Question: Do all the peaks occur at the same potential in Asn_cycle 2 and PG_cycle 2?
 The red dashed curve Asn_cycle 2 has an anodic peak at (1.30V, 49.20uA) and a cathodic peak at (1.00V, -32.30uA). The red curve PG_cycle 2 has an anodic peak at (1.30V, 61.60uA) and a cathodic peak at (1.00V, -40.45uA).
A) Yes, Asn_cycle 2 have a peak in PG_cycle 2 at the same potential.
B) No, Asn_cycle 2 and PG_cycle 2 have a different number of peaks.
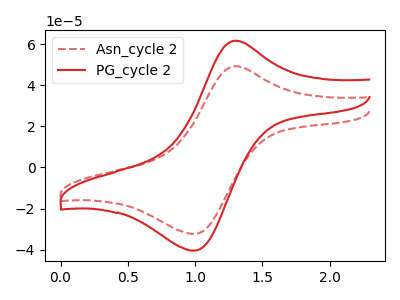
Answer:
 <answer>A) Yes, "Asn_cycle 2" have a peak in "PG_cycle 2" at the same potential.</answer>
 <eval>A</eval>